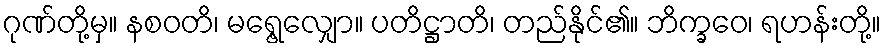
ဂုဏ်တို့မှ။ နစဝတိ၊ မရွေ့လျှော။ ပတိဋ္ဌာတိ၊ တည်နိုင်၏။ ဘိက္ခဝေ၊ ရဟန်းတို့။